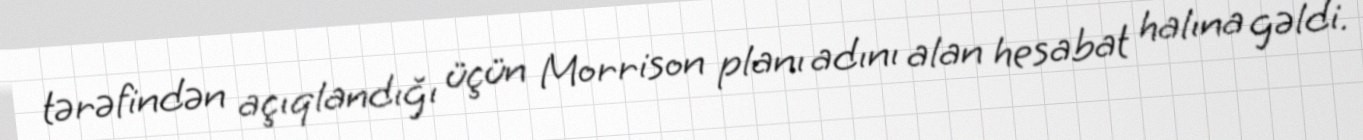
tərəfindən açıqlandığı üçün Morrison planı adını alan hesabat halına gəldi.